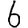
Digit: 6